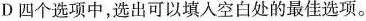
D 四个选项中,选出可以填入空白处的最佳选项。